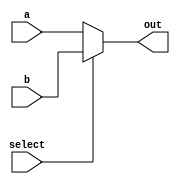
// A generic 2x1 multiplexer

module fpu_mux_2x1 #(parameter size = 32)
(
    input select,
    input [size-1:0] a,
    input [size-1:0] b,
    output [size-1:0] out
);

    assign out = select ? b : a;

endmodule